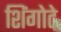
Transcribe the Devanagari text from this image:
शिंगोटे